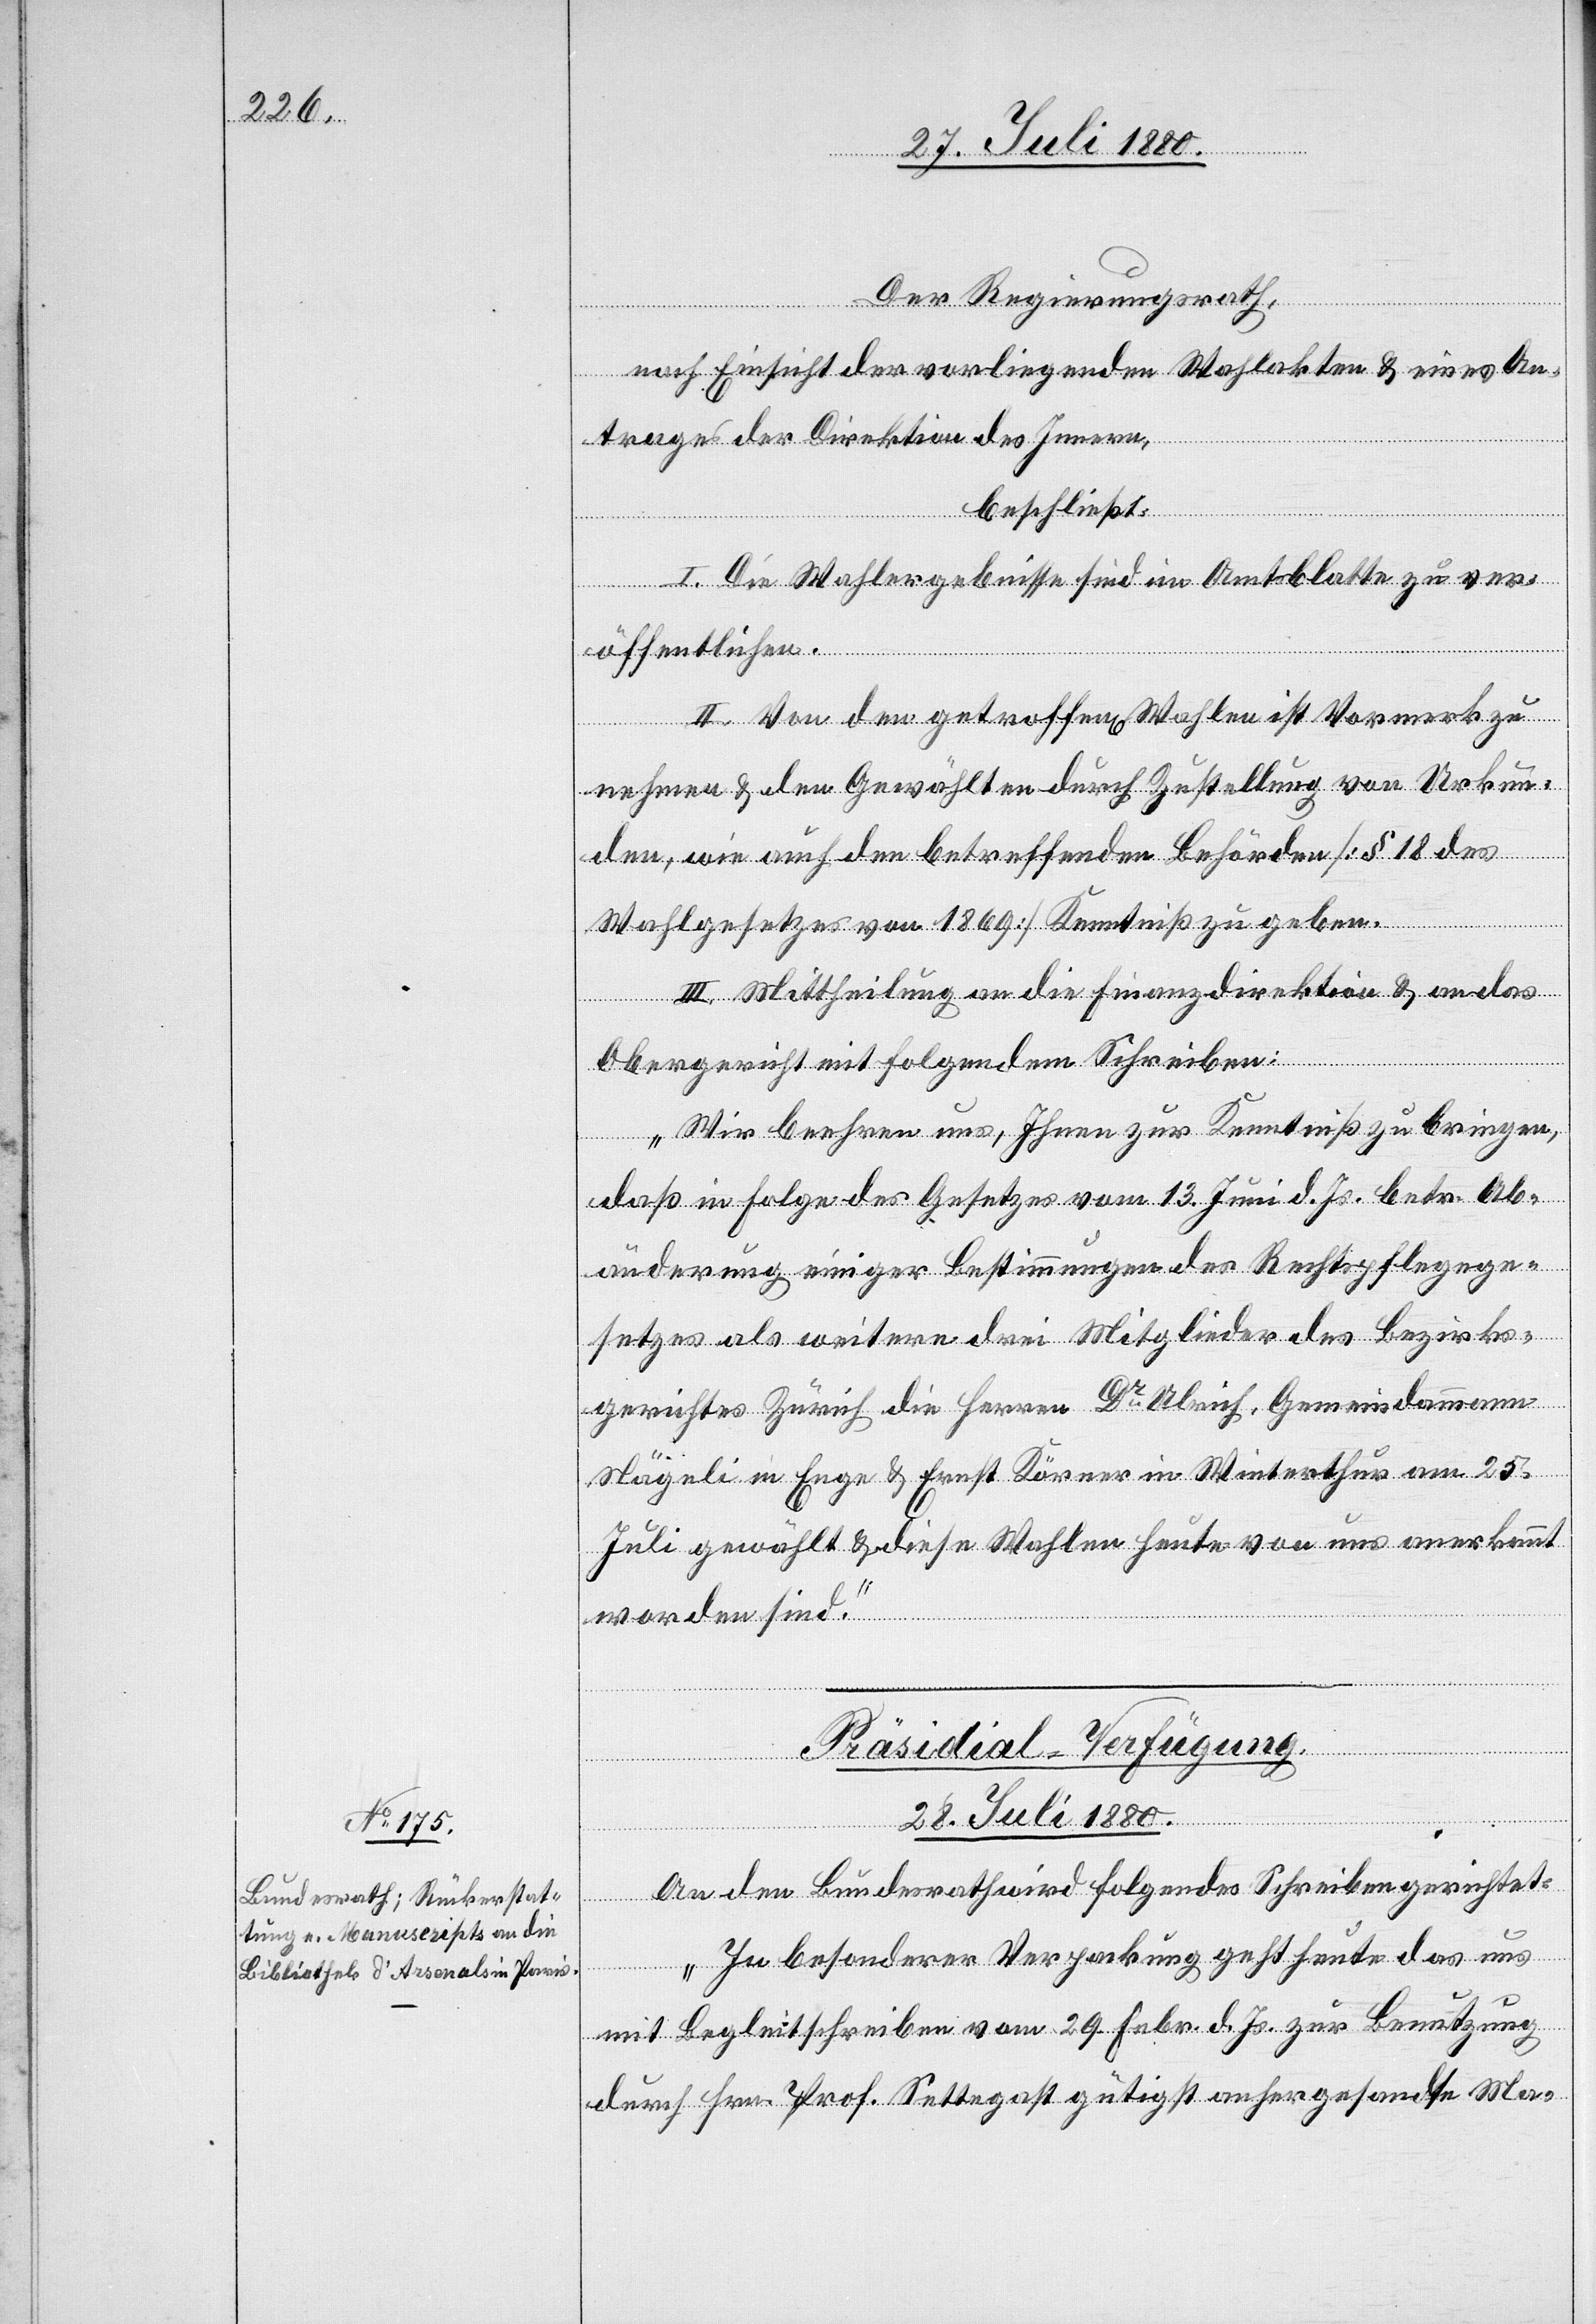
Der Regierungsrath,
nach Einsicht der vorliegenden Wahlakten & eines An¬
trages der Direktion des Innern,
beschließt:
I. Die Wahlergebnisse sind im Amtsblatte zu ver¬
öffentlichen.
II. Von den getroffen[en] Wahlen ist Vormerk zu
nehmen & den Gewählten durch Zustellung von Urkun¬
den, wie auch den betreffenden Behörden [§ 18 des
Wahlgesetzes von 1869] Kenntniß zu geben.
III. Mittheilung an die Finanzdirektion & an das
Obergericht mit folgendem Schreiben:
„Wir beehren uns, Ihnen zur Kenntniß zu bringen,
daß in Folge des Gesetzes vom 13. Juni d. Js. betr. Ab¬
änderung einiger Bestimmungen des Rechtspflegege¬
setzes als weitere drei Mitglieder des Bezirks¬
gerichtes Zürich die Herren Dr Ulrich, Gemeindammann
Nägeli in Enge & Ernst Körner in Winterthur am 25.
Juli gewählt & diese Wahlen heute von uns anerkannt
worden sind.“
Präsidial-Verfügung
28. Juli 1880.
An den Bundesrath wird folgendes Schreiben gerichtet:
„In besonderer Verpackung geht heute das uns
mit Begleitschreiben vom 29. Febr. d. Js. zur Benutzung
durch Hrn. Prof. Settegast gütigst anhergesandte Ma-